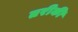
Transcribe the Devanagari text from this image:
तरीकी